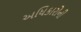
અધિકારોની